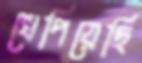
খেপিয়েছি